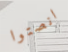
انصتوا